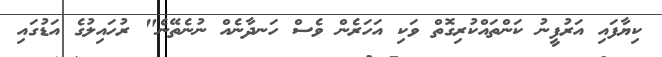
ކިޔާފައި އަރުފީނު ކަންތައްކުރިގޮތް ވަކި އަހަރެން ވެސް ހަނދާނެއް ނުނެތޭނެ" ރުހައިލުގެ އަޑުގައި